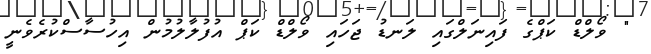
" ވޯލްޑް ކަޕްގެ ފައިނަލްގައި ލަނޑު ޖަހައި ވޯލްޑް ކަޕް އުފުލާލުމުން އިހުސާސްކުރެވެނީ